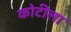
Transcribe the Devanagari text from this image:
कोटीला